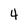
Character: 4